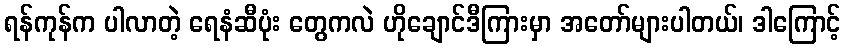
ရန်ကုန်က ပါလာတဲ့ ရေနံဆီပုံး တွေကလဲ ဟိုချောင်ဒီကြားမှာ အတော်များပါတယ်၊ ဒါကြောင့်